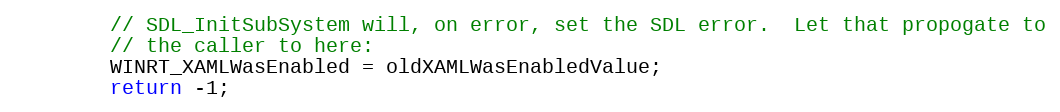
Language: C++
        // SDL_InitSubSystem will, on error, set the SDL error.  Let that propogate to
        // the caller to here:
        WINRT_XAMLWasEnabled = oldXAMLWasEnabledValue;
        return -1;